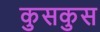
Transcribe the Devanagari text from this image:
कुसकुस